Report on horse surra - Volume I
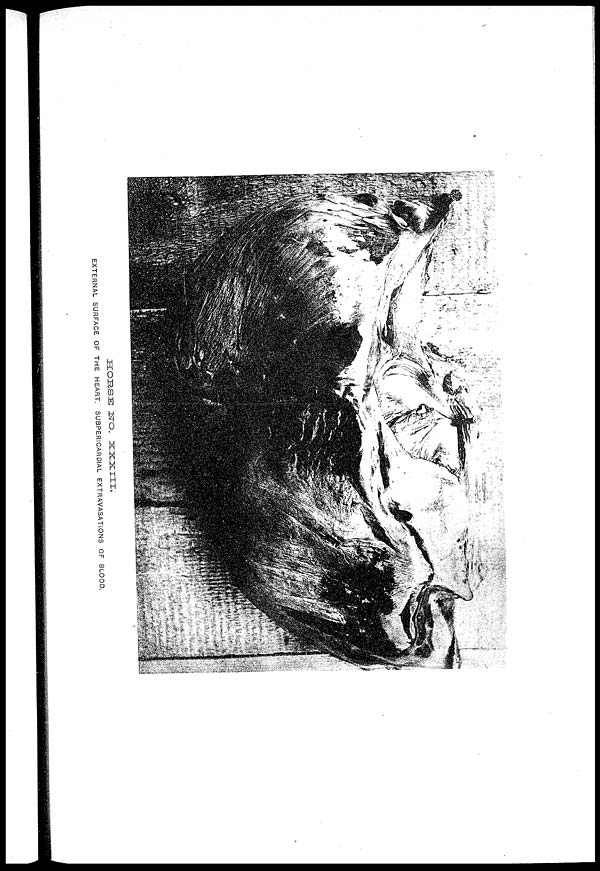
HORSE
NO
XXXIII
EXTERNAL SURFACE OF THE HEART SUBPERICARDIAL EXTRAVASATIONS OF BLOOD